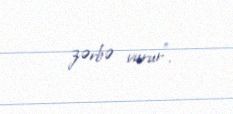
zərbə vurur".